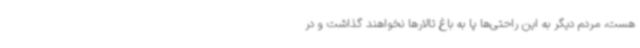
هست، مردم دیگر به این راحتی‌ها پا به باغ تالارها نخواهند گذاشت و در